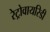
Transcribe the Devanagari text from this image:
रेट्रोवायरिडी